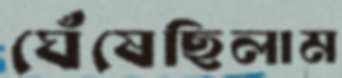
ঘেঁষেছিলাম